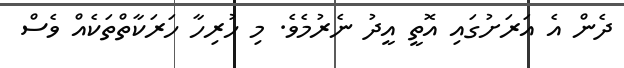
ދެން އެ އަރަށުގައި އޮތީ އީދު ނެރުމެވެ. މި ހުރިހާ ހަރަކާތްތަކެއް ވެސް